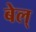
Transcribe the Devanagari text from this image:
बेल्